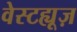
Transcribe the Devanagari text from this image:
वेस्टह्यूज़